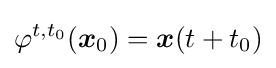
\varphi ^{t,t_{0}}({\boldsymbol {x}}_{0})={\boldsymbol {x}}(t+t_{0})